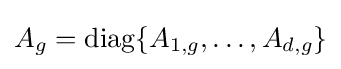
A_{g}={\mbox{diag}}\{A_{1,g},\ldots ,A_{d,g}\}